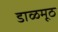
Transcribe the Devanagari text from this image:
डाळमूठ